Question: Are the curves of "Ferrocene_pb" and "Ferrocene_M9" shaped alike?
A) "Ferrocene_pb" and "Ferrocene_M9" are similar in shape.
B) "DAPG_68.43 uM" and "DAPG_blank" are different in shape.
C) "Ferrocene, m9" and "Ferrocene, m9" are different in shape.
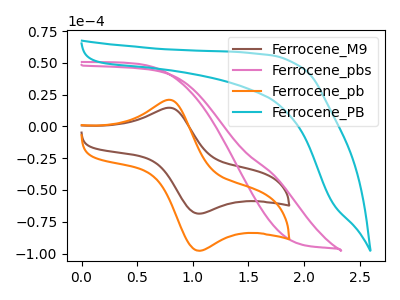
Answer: <think>The brown curve "Ferrocene_M9" has an anodic peak at (0.80V, 14.60uA) and a cathodic peak at (1.05V, -68.65uA). The pink curve "Ferrocene_pbs" has no peaks. The orange curve "Ferrocene_pb" has an anodic peak at (0.80V, 20.85uA) and a cathodic peak at (1.05V, -97.85uA). The cyan curve "Ferrocene_PB" has no peaks.
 All the peaks in "Ferrocene_pb" have a peak in "Ferrocene_M9" at the same potential. Every peak in "Ferrocene_pb" is higher than every peak in "Ferrocene_M9".</think>
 <answer>A) "Ferrocene_pb" and "Ferrocene_M9" are similar in shape.</answer>
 <eval>A</eval>